Language: tamil
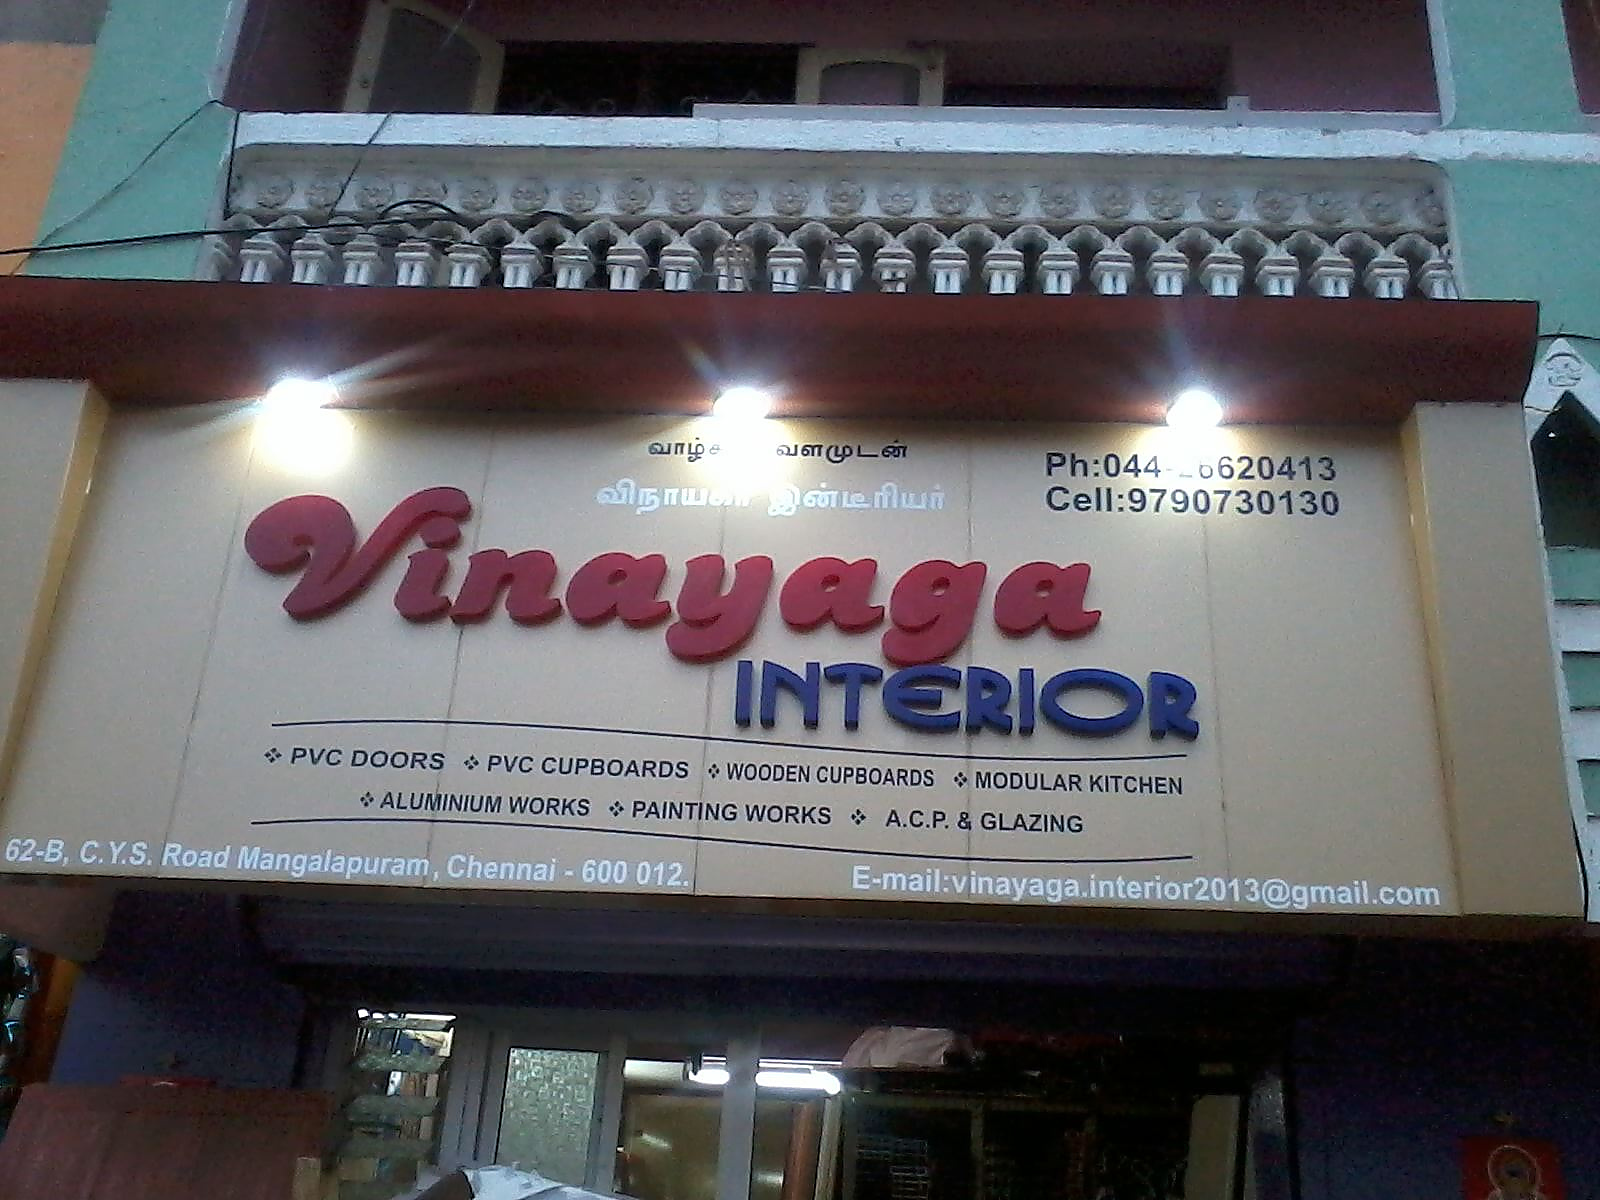
Transcription: வாழ் வளமுடன் விநாயகா இன்டீரியா்